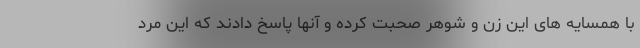
با همسایه های این زن و شوهر صحبت کرده و آنها پاسخ دادند که این مرد